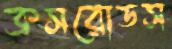
ক্রসরোডস